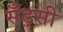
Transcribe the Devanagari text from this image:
सँड़सी